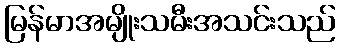
မြန်မာအမျိုးသမီးအသင်းသည်